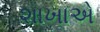
શાખાએ